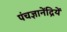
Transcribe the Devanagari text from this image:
पंचज्ञानेंद्रियें